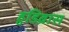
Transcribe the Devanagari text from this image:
हुडिब्रास